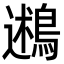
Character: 鶐